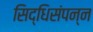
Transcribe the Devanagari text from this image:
सिद्धिसंपन्न